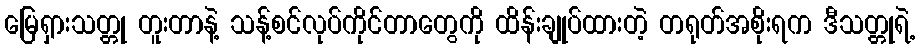
မြေရှားသတ္တု တူးတာနဲ့ သန့်စင်လုပ်ကိုင်တာတွေကို ထိန်းချုပ်ထားတဲ့ တရုတ်အစိုးရက ဒီသတ္တုရဲ့